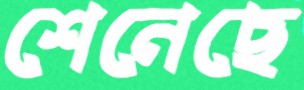
শেনেছে